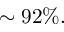
\sim 9 2 \% .